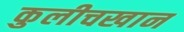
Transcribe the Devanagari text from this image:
कुलीचखान